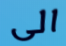
الى